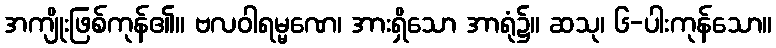
အကျိုးဖြစ်ကုန်၏။ ဗလဝါရမ္မဏေ၊ အားရှိသော အာရုံ၌။ ဆသု၊ ၆-ပါးကုန်သော။